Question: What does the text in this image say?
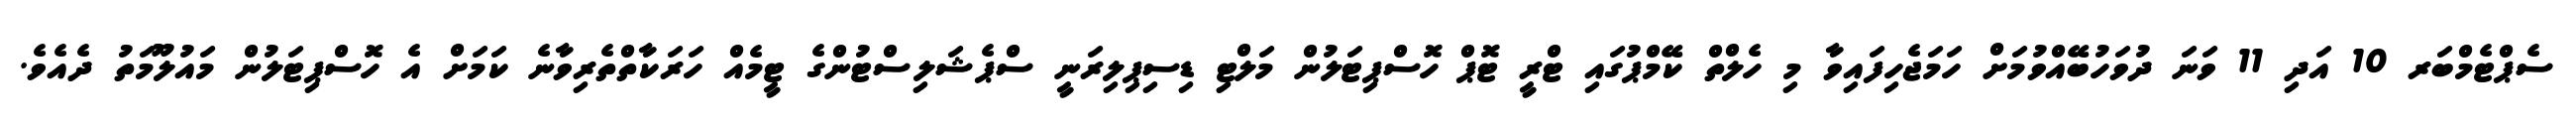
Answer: ސެޕްޓެމްބަރ 10 އަދި 11 ވަނަ ދުވަހުބޭއްވުމަށް ހަމަޖެހިފައިވާ މި ހެލްތް ކޭމްޕުގައި ޓްރީ ޓޮޕް ހޮސްޕިޓަލުން މަލްޓި ޑިސިޕިލިރަނީ ސްޕެޝަލިސްޓުންގެ ޓީމެއް ހަރަކާތްތެރިވާނެ ކަމަށް އެ ހޮސްޕިޓަލުން މައުލޫމަތު ދެއެވެ.